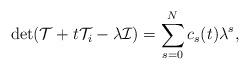
LaTeX: \begin{align*}\operatorname{det}(\mathcal T+t\mathcal T_i-\lambda\mathcal I)=\sum_{s=0}^Nc_s(t)\lambda^s,\end{align*}